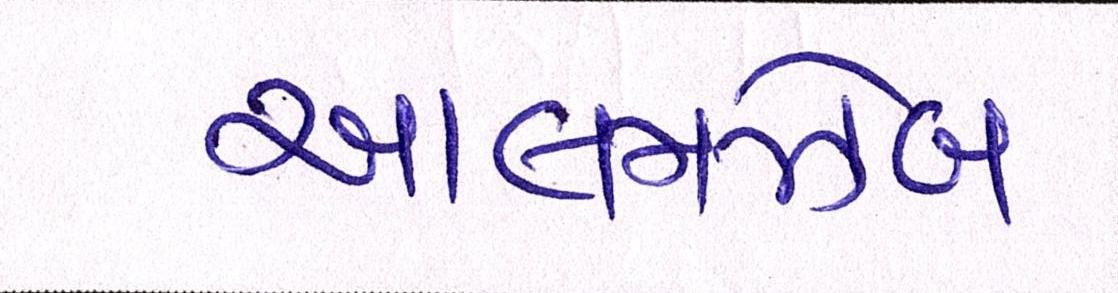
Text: આલમઝેબ